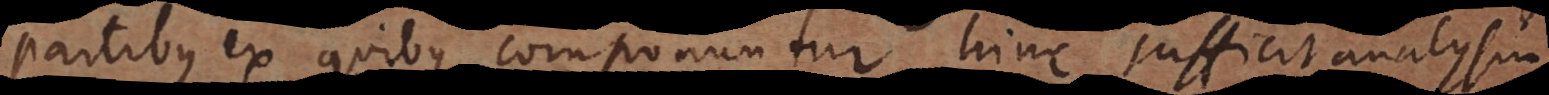
partibus ex quibus componuntur, hinc sufficit analysin